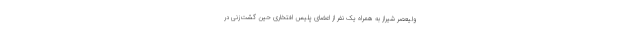
ولیعصر شیراز به همراه یک نفر از اعضای پلیس افتخاری حین گشت‌زنی در